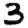
Digit: 3